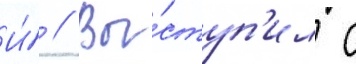
И́ // Вы́ступ'ил с